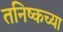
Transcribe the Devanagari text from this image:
तनिष्कच्या